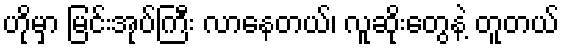
ဟိုမှာ မြင်းအုပ်ကြီး လာနေတယ်၊ လူဆိုးတွေနဲ့ တူတယ်